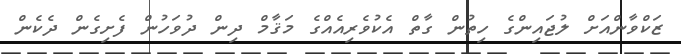
ޒަކްވާންއަށް ލުޖައިންގެ ހިތުން ގާތް އެކުވެރިއެއްގެ މަޤާމް ދިން ދުވަހުން ފެށިގެން ދެކެން